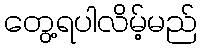
တွေ့ရပါလိမ့်မည်